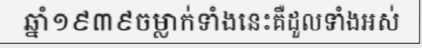
ឆ្នាំ១៩៣៩ចម្លាក់ទាំងនេះគឺដួលទាំងអស់